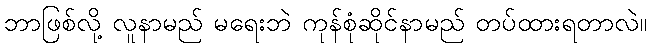
ဘာဖြစ်လို့ လူနာမည် မရေးဘဲ ကုန်စုံဆိုင်နာမည် တပ်ထားရတာလဲ။